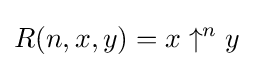
R(n,x,y)=x\uparrow ^{n}y